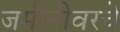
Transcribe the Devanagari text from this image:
जमीनीवरचे